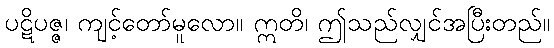
ပဋိပဇ္ဇ၊ ကျင့်တော်မူလော။ ဣတိ၊ ဤသည်လျှင်အပြီးတည်။